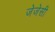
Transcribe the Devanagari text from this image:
जेजेसी